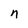
Character: n